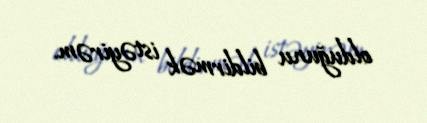
olduğunu bildirmək istəyirəm.